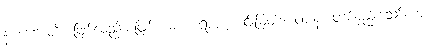
နစဟောတိ၊ ဖြစ်လည်းမဖြစ်။ မဟာရာဇ၊ မင်းမြတ်။ ဝါပန၊ တစ်နည်းသော်ကား။